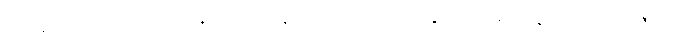
အမျိုးသို့။ ဥပသင်္ကမန္တေ၊ ကပ်ကုန်သော။ သီလဝန္တေ၊ သီလရှိကုန်သော။ ပဗ္ဗဇိတေ၊